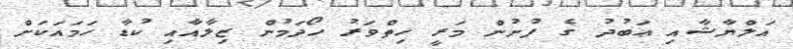
އަލްޔާޝާއި ޢަބުދު ގެ ފުށުން މަރީ ހިތްވަރު ހޯދަމުން ޒިލާއާއި ކުޑާ ހަމައަކަށް